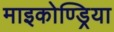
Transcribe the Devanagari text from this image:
माइकोण्ड्रिया